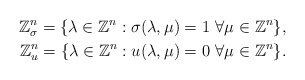
\begin{align*}\mathbb{Z}^n_{\sigma} = \{\lambda \in \mathbb{Z}^n: \sigma(\lambda, \mu) = 1 \ \forall \mu \in \mathbb{Z}^n\},\\\mathbb{Z}^n_u = \{\lambda \in \mathbb{Z}^n: u(\lambda, \mu) = 0 \ \forall \mu \in \mathbb{Z}^n\}.\end{align*}